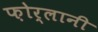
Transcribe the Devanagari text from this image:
फ़ोर्लानी